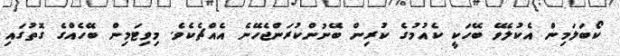
ކޯބަލަމިން އެކުލެވޭ ބޭހަކީ ކެއުމުގެ ކުރިން ބޭނުންކުރަންޖެހޭނެ އެއްޗެކެވެ. މިވިޓަމިން ބޭހެއްގެ ގޮތުގައި